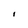
Character: i